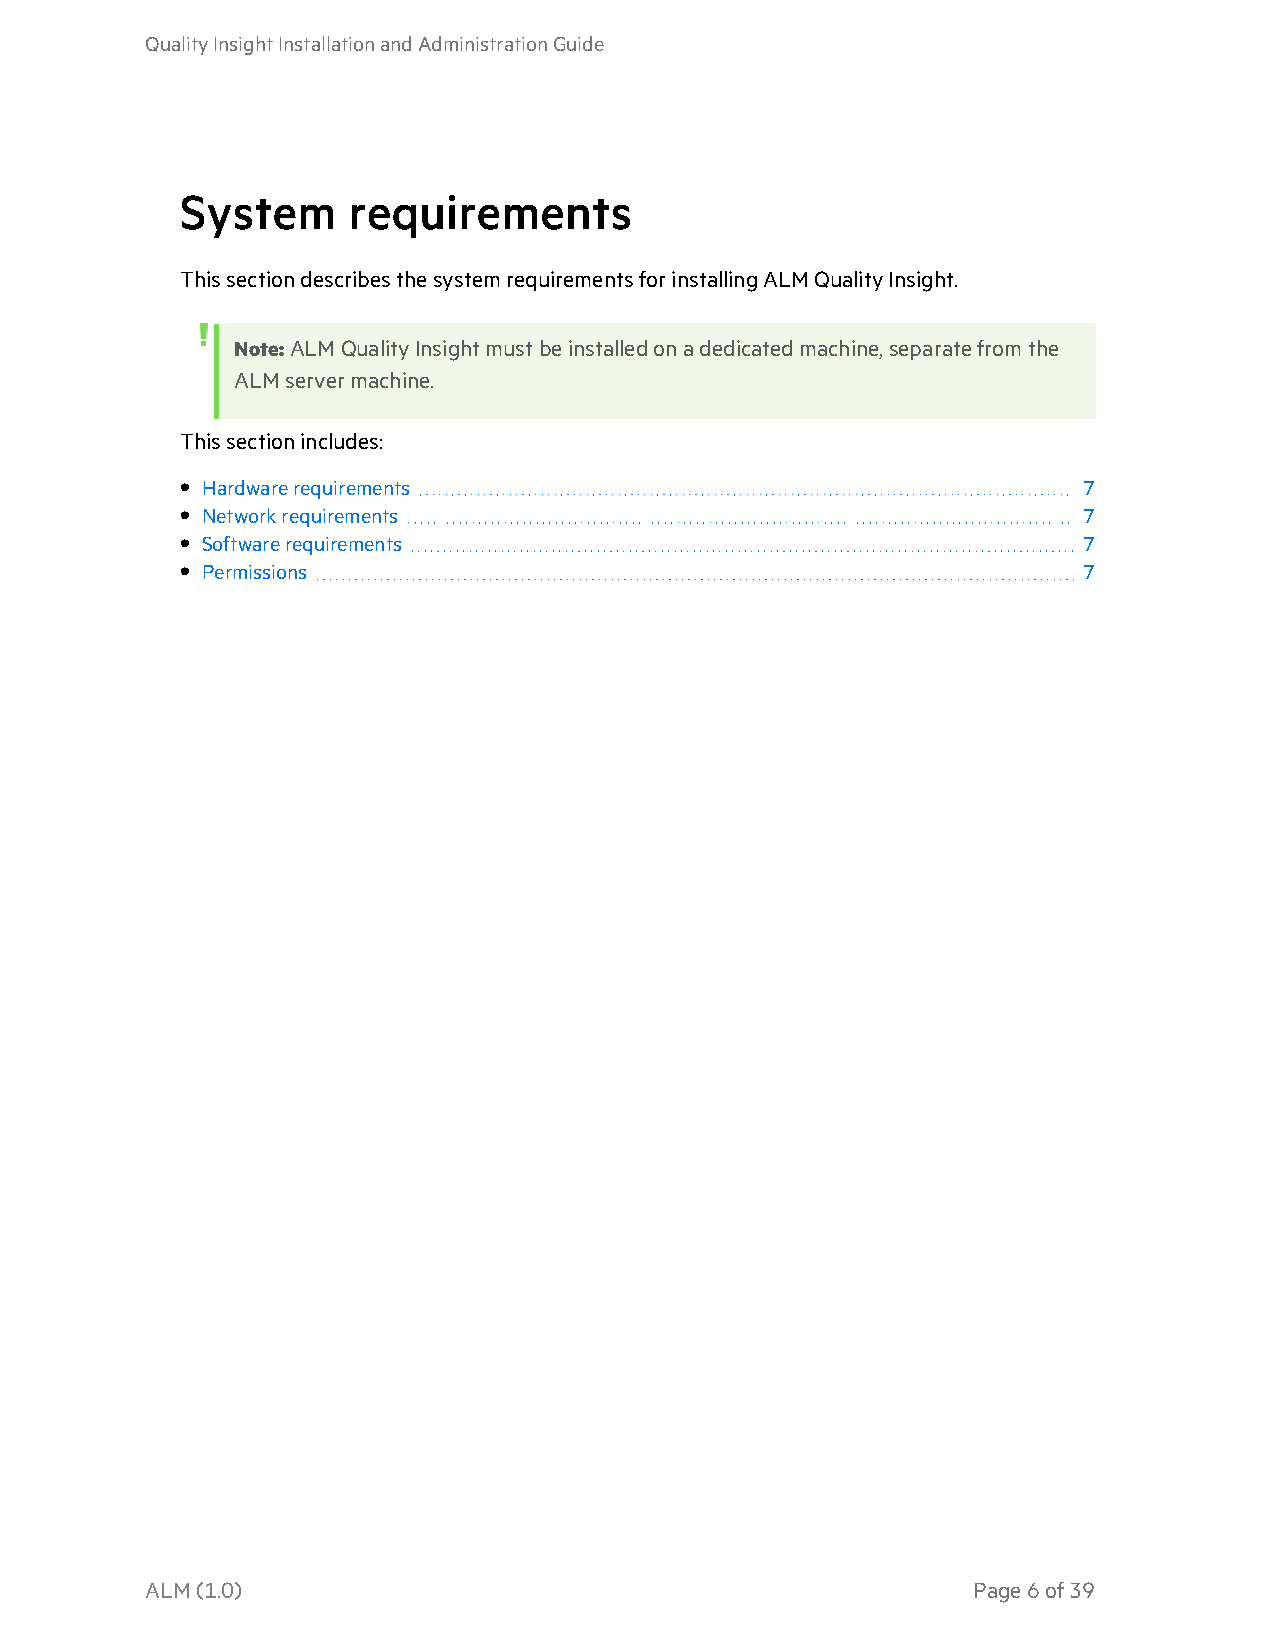
QualityInsightInstallationandAdministrationGuide
 System     requirements
 ThissectiondescribesthesystemrequirementsforinstallingALMQualityInsight.
 Note:ALMQualityInsightmustbeinstalledonadedicatedmachine,separatefromthe
 ALMservermachine.
 Thissectionincludes:
 • Hardwarerequirements                                      7
 • Networkrequirements                                       7
 • Softwarerequirements                                      7
 • Permissions                                               7
 ALM(1.0)                                              Page6of39